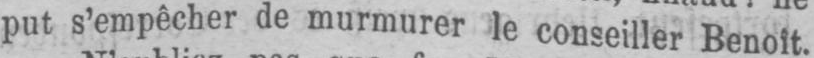
put s’empêcher de murmurer le conseiller Benoît.